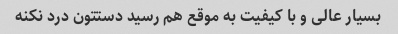
بسیار عالی و با کیفیت به موقع هم رسید دستتون درد نکنه